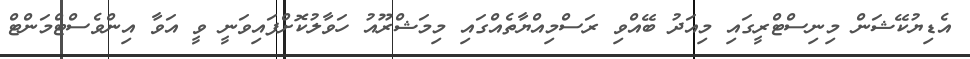
އެޑިޔުކޭޝަން މިނިސްޓްރީގައި މިއަދު ބޭއްވި ރަސްމިއްޔާތެއްގައި މިމަޝްރޫއު ހަވާލުކޮށްފައިވަނީ ވީ އަވާ އިންވެސްޓްމަންޓް